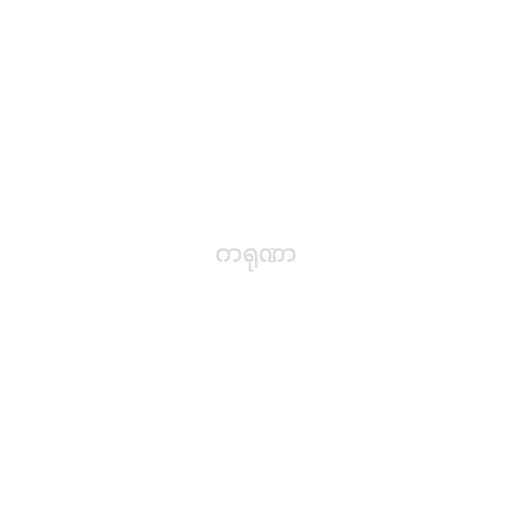
ကရုဏာ